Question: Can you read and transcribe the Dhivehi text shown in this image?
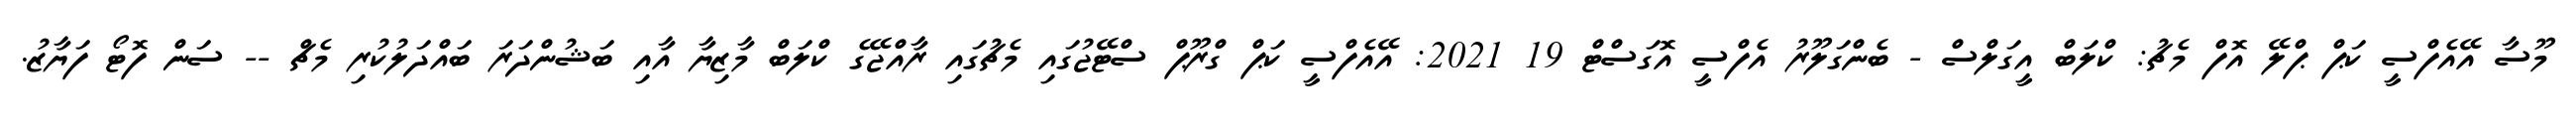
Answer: މޫސާ އޭއެފްސީ ކަޕް ޕްލޭ އޮފް މެޗު: ކްލަބް އީގަލްސް - ބެންގަލޫރު އެފްސީ އޮގަސްޓް 19 2021: އޭއެފްސީ ކަޕް ގްރޫޕް ސްޓޭޖުގައި މެޗުގައި ރާއްޖޭގެ ކްލަބް މާޒިޔާ އާއި ބަޝުންދަރަ ބައްދަލުކުރި މެޗް -- ސަން ފޮޓޯ ފަޔާޒު.